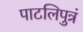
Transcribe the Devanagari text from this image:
पाटलिपुत्रं